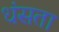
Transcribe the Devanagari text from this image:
धंसता